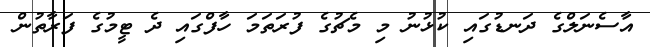
އާސެނަލްގެ ދަނޑުގައި ކުޅުނު މި މެޗުގެ ފުރަތަމަ ހާފްގައި ދެ ޓީމުގެ ފަރާތުން